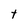
Character: t